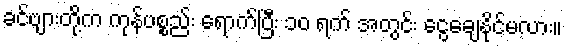
ခင်ဗျားတို့က ကုန်ပစ္စည်း ရောက်ပြီး ၁၀ ရက် အတွင်း ငွေချေနိုင်မလား။